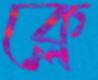
ক্লে